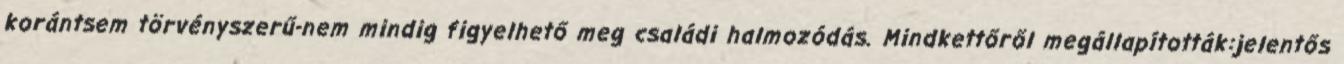
korántsem törvényszerű-nem mindig figyelhető meg családi halmozódás. Mindkettőről megállapították:jelentős